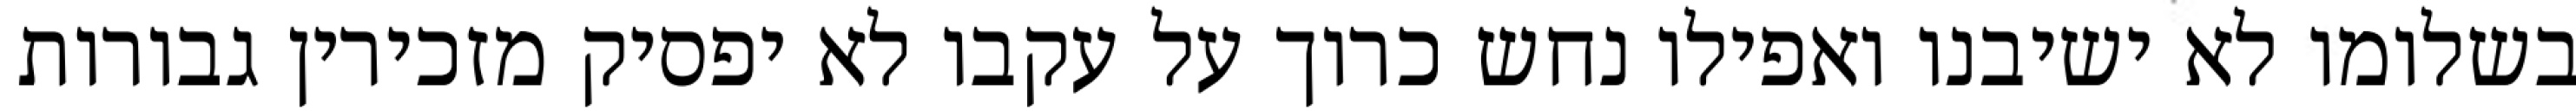
בשלומו לא ישיבנו ואפילו נחש כרוך על עקבו לא יפסיק מזכירין גבורות